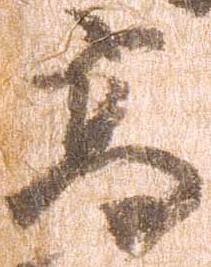
高